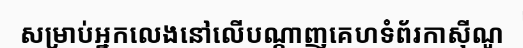
សម្រាប់អ្នកលេងនៅលើបណ្តាញគេហទំព័រកាស៊ីណូ